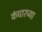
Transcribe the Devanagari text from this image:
कंधारच्या